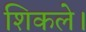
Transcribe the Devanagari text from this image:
शिकले।